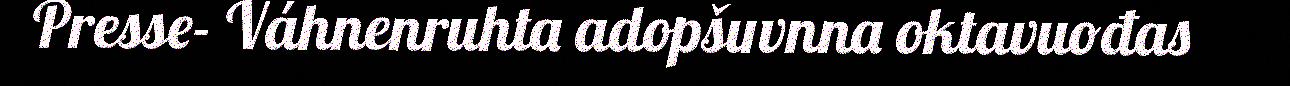
Presse- Váhnenruhta adopšuvnna oktavuođas